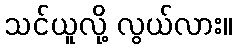
သင်ယူလို့ လွယ်လား။